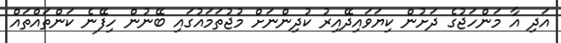
އަދި އާ މަންހަޖުގެ ދަށުން ކިޔަވައިދޭއިރު ކުދިންނަށް މުޖުތަމައުގައި ބޭނުން ހިފޭނެ ކަންތައްތައް